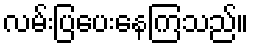
လမ်းပြပေးနေကြသည်။